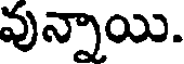
వున్నాయి.